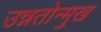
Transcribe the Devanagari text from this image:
उन्नतोन्मुख